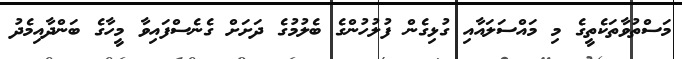
މަސްތުވާތަކެތީގެ މި މައްސަލައާއި ގުޅިގެން ފުލުހުންގެ ބެލުމުގެ ދަށަށް ގެނެސްފައިވާ މީހާގެ ބަންދާއިމެދު